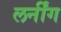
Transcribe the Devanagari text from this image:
लर्नींग